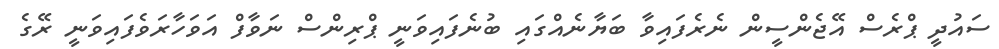
ސައުދީ ޕްރެސް އޭޖެންސީން ނެރެފައިވާ ބަޔާނެއްގައި ބުނެފައިވަނީ ޕްރިންސް ނަވާފް އަވަހާރަވެފައިވަނީ ރޭގެ